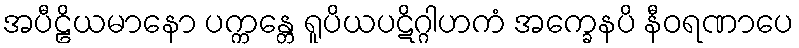
အပီဠိယမာနော ပက္ကန္တေ ရူပိယပဋိဂ္ဂါဟကံ အက္ခေနပိ နီဝရဏာပေ